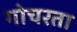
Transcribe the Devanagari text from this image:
गोचरता